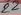
Text: 22